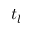
t _ { l }